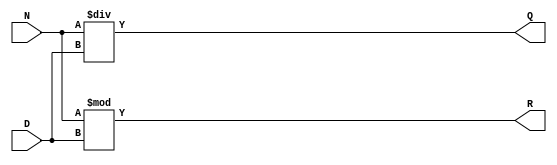
`timescale 1ns / 1ps

// -------------------------------------------
// !!! Nu includeti acest fisier in arhiva !!!
// -------------------------------------------

module div_algo # (
			parameter WIDTH = 16
		) (
		output [WIDTH-1:0] Q,
		output [WIDTH-1:0] R,
		input  [WIDTH-1:0] N,
		input  [WIDTH-1:0] D
    );

	assign Q = N/D;
	assign R = N%D;

endmodule